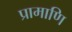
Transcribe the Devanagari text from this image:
प्रामाणि